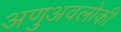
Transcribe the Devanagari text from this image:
अणुअवलोकी